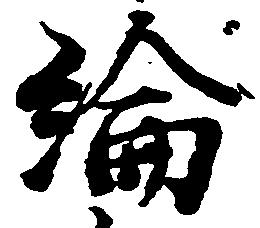
綸